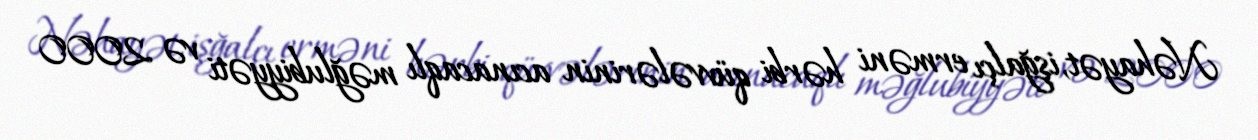
Nəhayət, işğalçı erməni hərbi qüvvələrinin acınacaqlı məğlubiyyəti və 2000